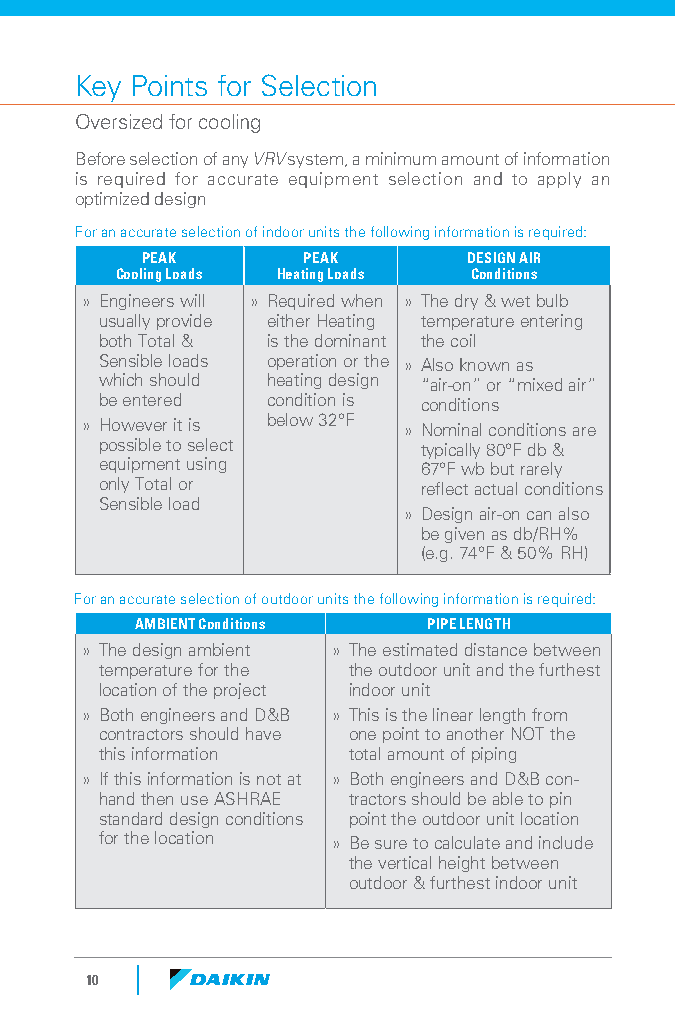
Key Points for Selection
 Oversized for cooling
 Before selection of any VRV system, a minimum amount of information
 is required for accurate equipment selection and to apply an
 optimized design
 For an accurate selection of indoor units the following information is required:
 PEAK       PEAK       DESIGN AIR
 Cooling Loads Heating Loads Conditions
 » Engineers will » Required when » The dry & wet bulb
 usually provide either Heating temperature entering
 both Total & is the dominant the coil
 Sensible loads operation or the » Also known as
 which should heating design “air-on” or “mixed air”
 be entered condition is conditions
 » However it is below 32°F » Nominal conditions are
 possible to select   typically 80°F db &
 equipment using      67°F wb but rarely
 only Total or        reflect actual conditions
 Sensible load
 » Design air-on can also
 be given as db/RH%
 (e.g. 74°F & 50% RH)
 For an accurate selection of outdoor units the following information is required:
 AMBIENT Conditions PIPE LENGTH
 » The design ambient » The estimated distance between
 temperature for the the outdoor unit and the furthest
 location of the project indoor unit
 » Both engineers and D&B » This is the linear length from
 contractors should have one point to another NOT the
 this information total amount of piping
 » If this information is not at » Both engineers and D&B con-
 hand then use ASHRAE tractors should be able to pin
 standard design conditions point the outdoor unit location
 for the location » Be sure to calculate and include
 the vertical height between
 outdoor & furthest indoor unit
 10